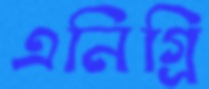
এনিগ্রি